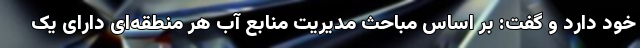
خود دارد و گفت: بر اساس مباحث مدیریت منابع آب هر منطقه‌ای دارای یک